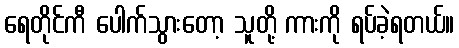
ရေတိုင်ကီ ပေါက်သွားတော့ သူတို့ ကားကို ရပ်ခဲ့ရတယ်။